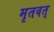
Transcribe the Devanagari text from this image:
मृतवत्‌